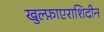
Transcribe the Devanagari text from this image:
खुल्फ़ाएराशिदीन